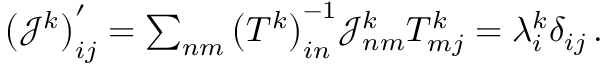
\begin{array} { r } { \big ( \mathcal { J } ^ { k } \big ) _ { i j } ^ { \prime } = \sum _ { n m } \big ( T ^ { k } \big ) _ { i n } ^ { - 1 } \mathcal { J } _ { n m } ^ { k } T _ { m j } ^ { k } = \lambda _ { i } ^ { k } \delta _ { i j } \, . } \end{array}